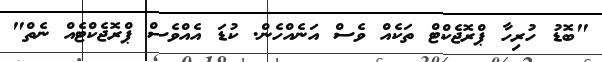
"ބޮޑު ހުރިހާ ޕްރޮޖެކްޓް ތަކެއް ވެސް އަނެއްހެން. ކުޑަ އެއްވެސް ޕްރޮޖެކްޓެއް ނެތް"